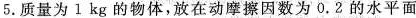
5.质量为1kg的物体，放在动摩擦因数为0.2的水平面